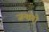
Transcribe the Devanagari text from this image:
जन्वरो